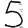
Digit: 5